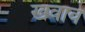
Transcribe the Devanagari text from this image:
खवावे